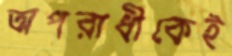
অপরাধীকেই